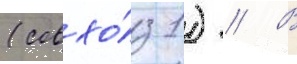
(совхо́з 1) // В